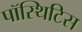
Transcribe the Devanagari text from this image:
पॉस्थिटिस